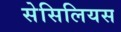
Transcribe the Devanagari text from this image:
सेसिलियस